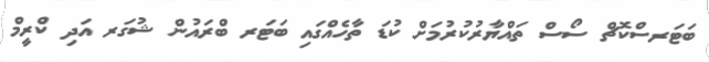
ބަޓަރސްކޮޗް ސޯސް ތައްޔާރުކުރުމަށް ކުޑަ ތާހެއްގައި ބަޓަރ ބްރައުން ޝުގަރ އަދި ކްރީމް